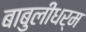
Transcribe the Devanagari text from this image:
बाबुलीधर्म